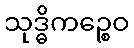
သုဒ္ဓိကဉ္စေဝ